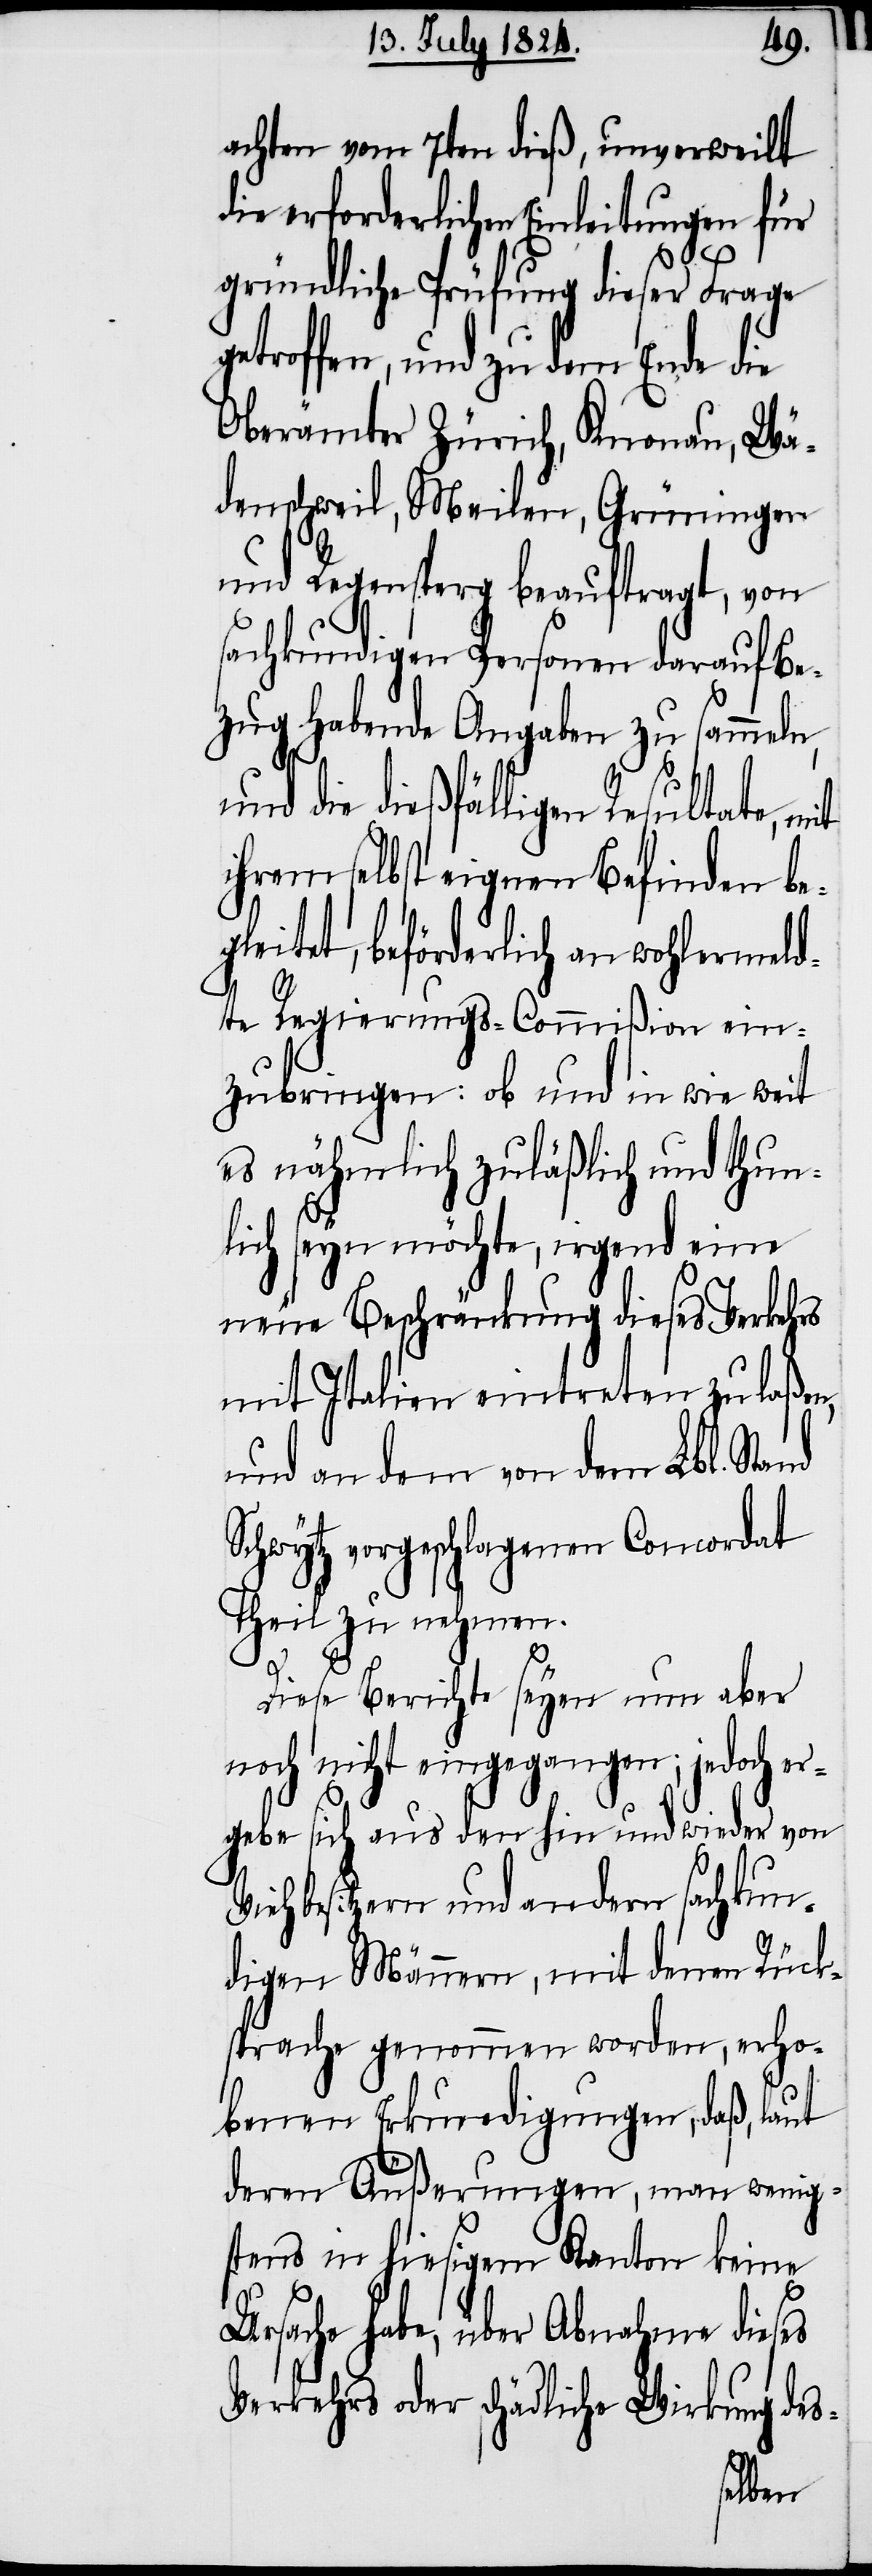
achten vom 7ten dieß, unverweilt
die erforderlichen Einleitungen für
gründliche Prüfung dieser Frage
getroffen, und zu dem Ende die
Oberämter Zürich, Knonau, Wä¬
denschweil, Meilen, Grüningen
und Regensperg beauftragt, von
sachkundigen Personen darauf Be¬
zug habende Angaben zu sammeln,
und die dießfälligen Resultate, mit
ihrem selbst eigenen Befinden be¬
gleitet, beförderlich an wohlermeld¬
te Regierungs-Commißion ein¬
zubringen: ob und in wie weit
es nähmlich zuläßig und thun¬
lich seyn möchte, irgend eine
neue Beschränkung dieses Verkehrs
mit Italien eintreten zu laß¬
und an dem von dem Lbl. Stand
Schwytz vorgeschlagenen Concordat
Theil zu nehmen.
och
Diese Berichte seyen nun aber
noch nicht eingegangen; jed¬
ergebe sich aus den hin
Viehbesitzern und andern sachkun¬
digen Männern, mit denen Rück¬
sprache genommen worden, erho¬
benen Erkundigungen, daß, laut
deren Äußerungen, man wenig¬
stens in hiesigem Kanton
keine
Ursache habe, über Ab¬
dieses
Verkehrs oder schädliche Wirkung des-
en,